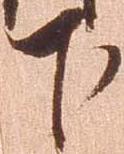
下